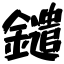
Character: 鑓